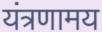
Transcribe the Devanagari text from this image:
यंत्रणामय